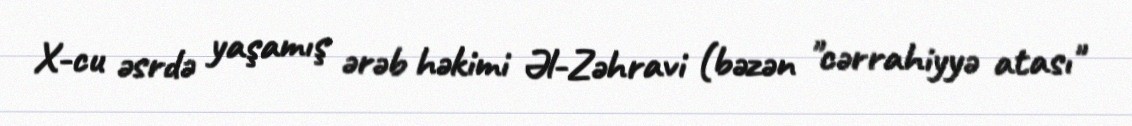
X-cu əsrdə yaşamış ərəb həkimi Əl-Zəhravi (bəzən "cərrahiyyə atası"